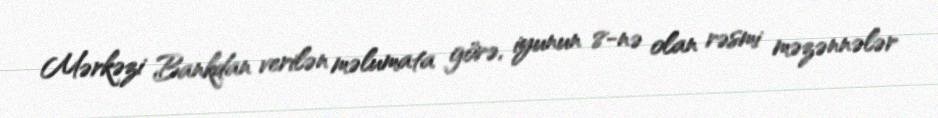
Mərkəzi Bankdan verilən məlumata görə, iyunun 8-nə olan rəsmi məzənnələr